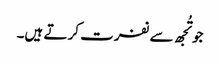
جو تُجھ سے نفرت کر تے ہیں۔